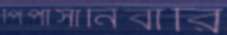
পিপাসানিবারি